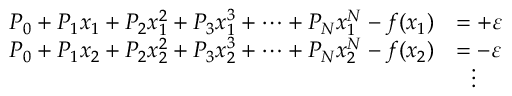
{ \begin{array} { r l } { P _ { 0 } + P _ { 1 } x _ { 1 } + P _ { 2 } x _ { 1 } ^ { 2 } + P _ { 3 } x _ { 1 } ^ { 3 } + \dots + P _ { N } x _ { 1 } ^ { N } - f ( x _ { 1 } ) } & { = + \varepsilon } \\ { P _ { 0 } + P _ { 1 } x _ { 2 } + P _ { 2 } x _ { 2 } ^ { 2 } + P _ { 3 } x _ { 2 } ^ { 3 } + \dots + P _ { N } x _ { 2 } ^ { N } - f ( x _ { 2 } ) } & { = - \varepsilon } \\ & { \ \ \vdots } \end{array} }